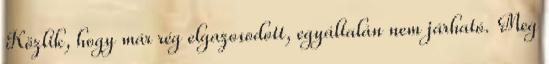
Közlik, hogy már rég elgazosodott, egyáltalán nem járható. Meg